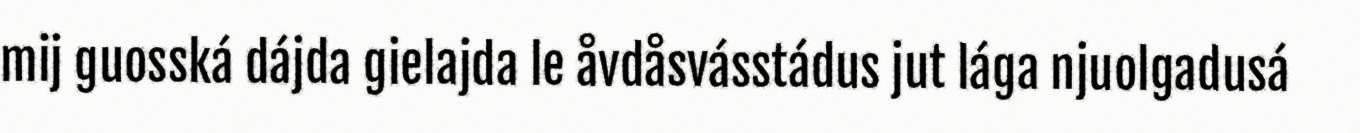
mij guosská dájda gielajda le åvdåsvásstádus jut lága njuolgadusá